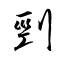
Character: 剄